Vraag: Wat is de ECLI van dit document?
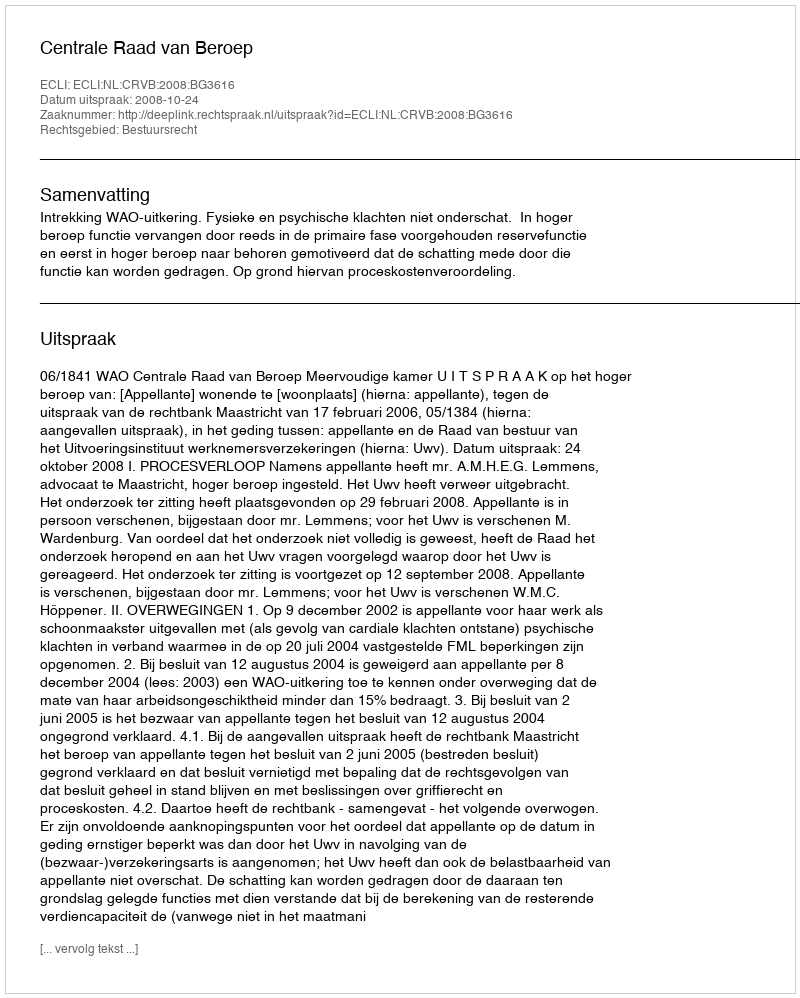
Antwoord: ECLI:NL:CRVB:2008:BG3616